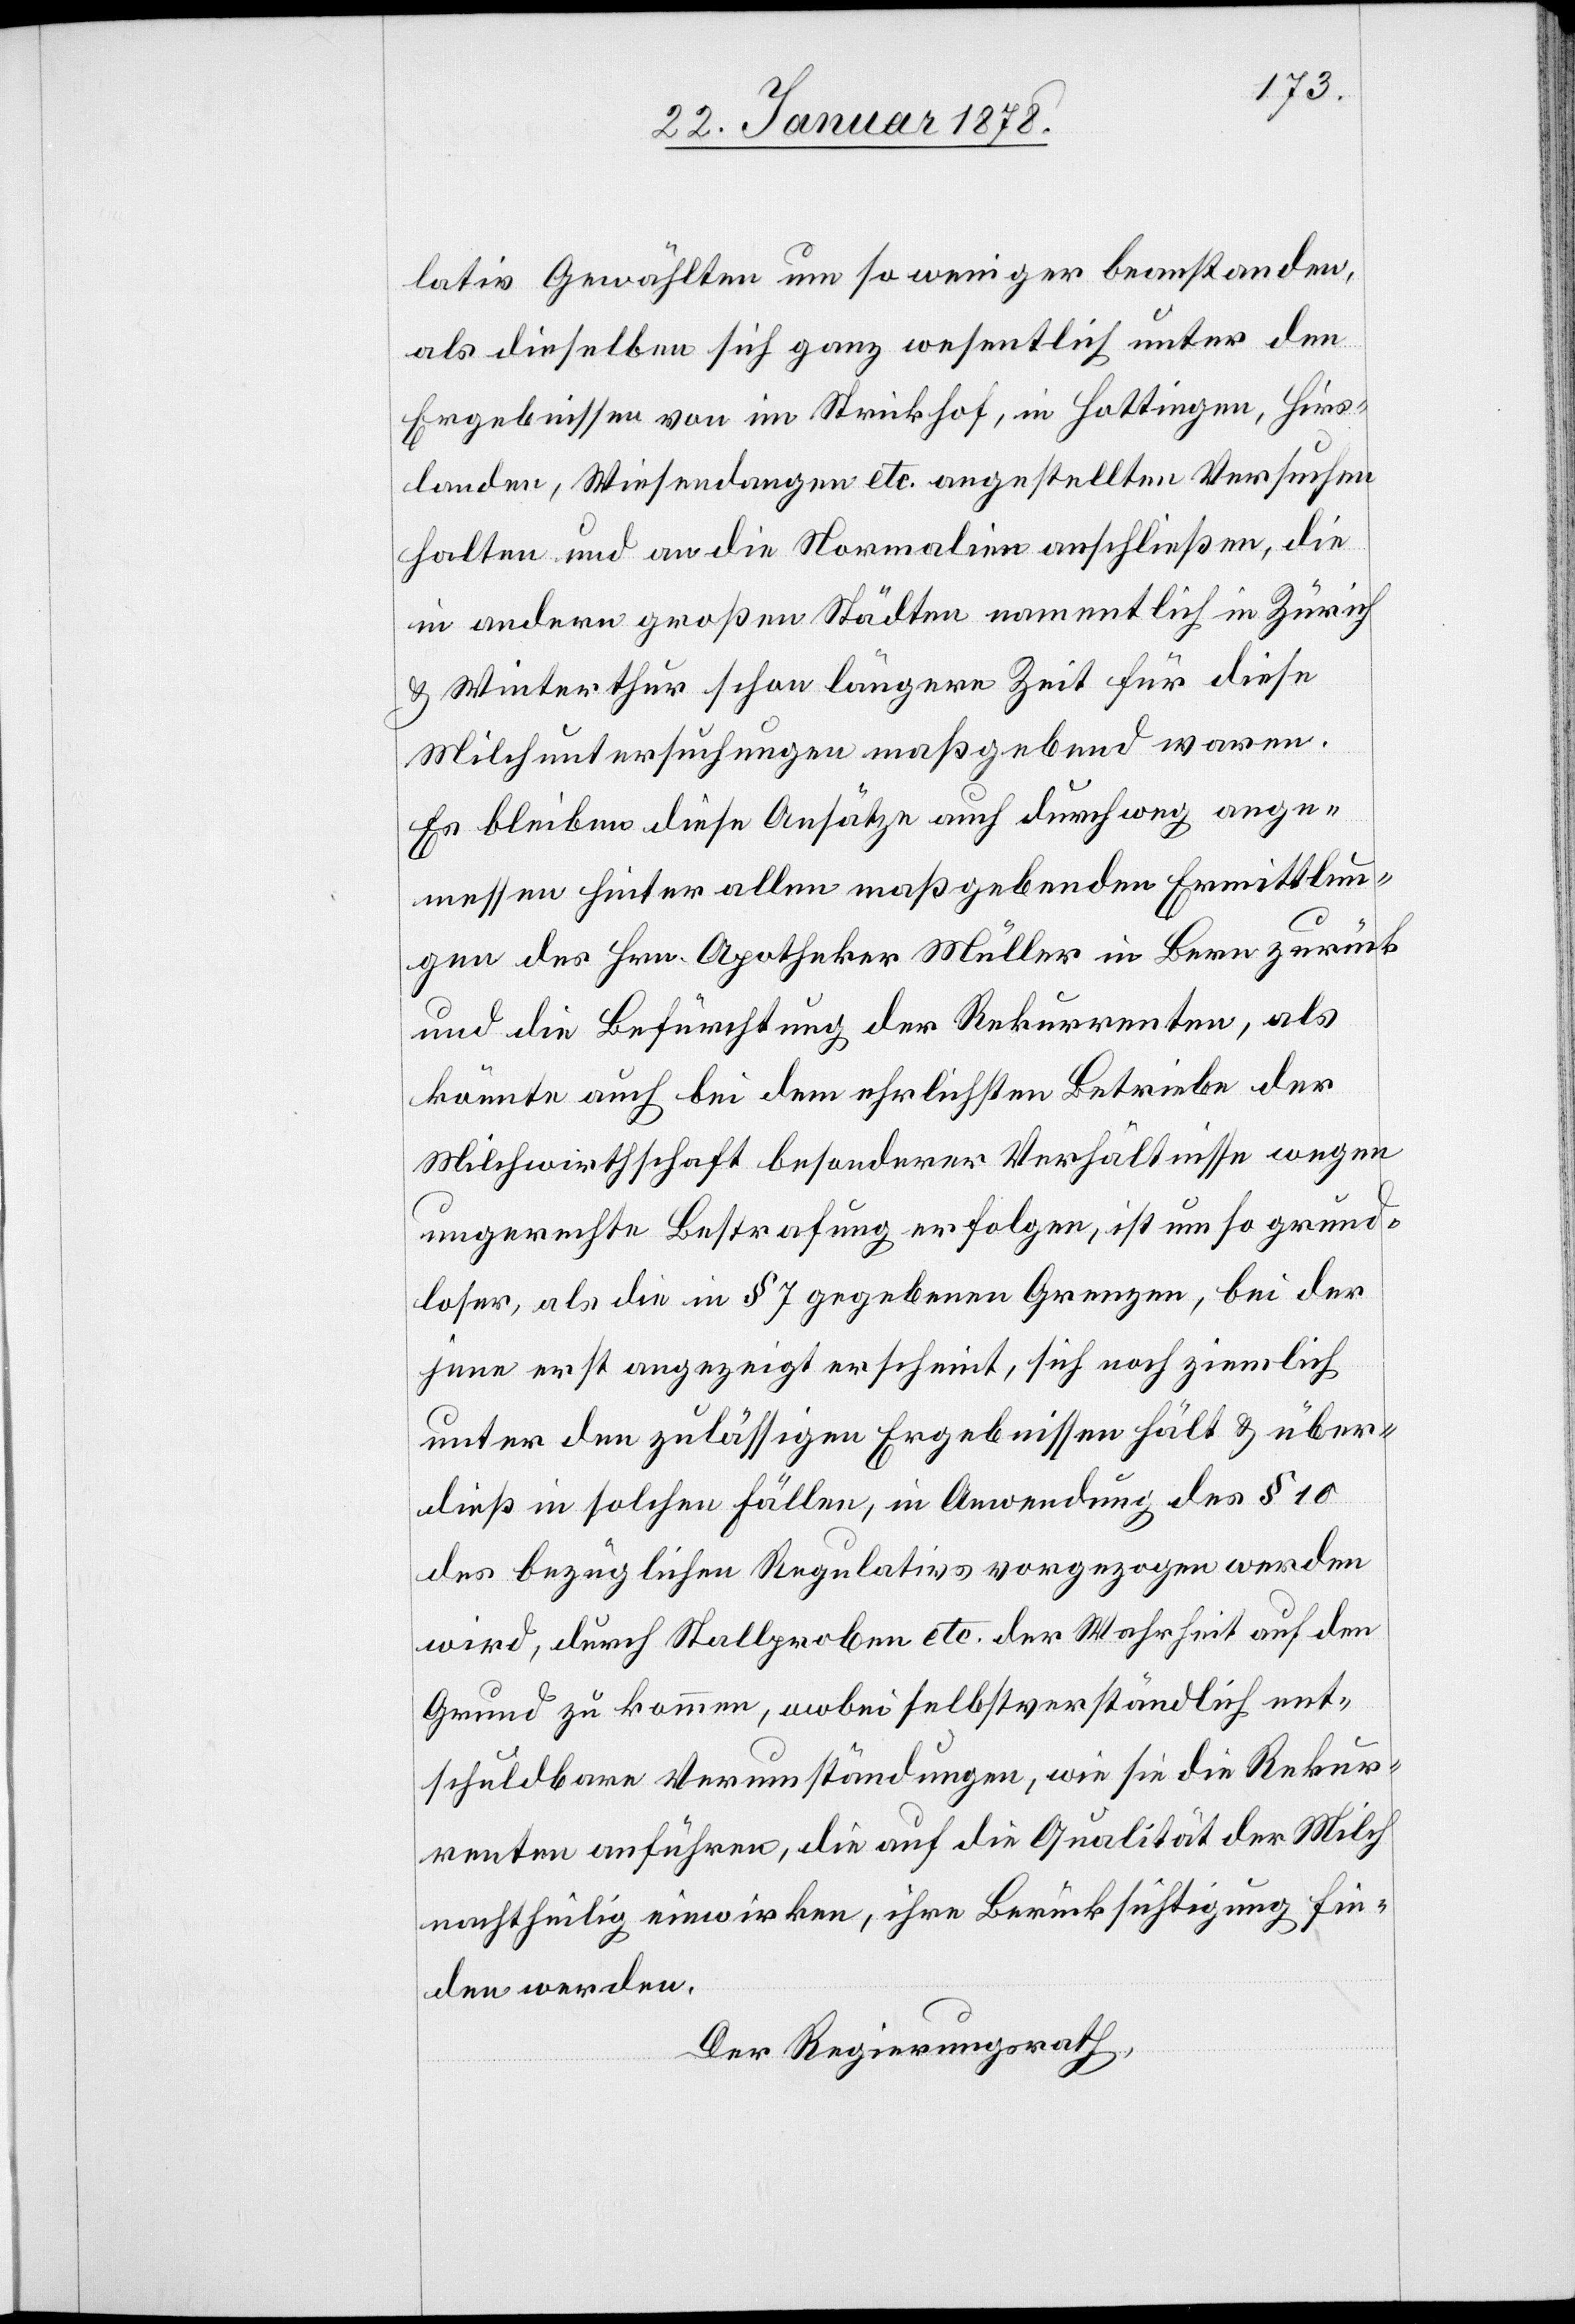
lativ Gewählten um so weniger beanstanden,
als dieselben sich ganz wesentlich unter den
Ergebnissen von im Strickhof, in Hottingen, Hirs¬
landen, Wiesendangen etc. angestellten Versuchen
halten und an die Normalien anschließen, die
in andern großen Städten namentlich in Zürich
& Winterthur schon längere Zeit für diese
Milchuntersuchungen maßgebend waren.
Es bleiben diese Ansätze auch durchweg ange¬
messen hinter allen maßgebenden Ermittlun¬
gen des Hrn. Aporheker Müller in Bern zurück
und die Befürchtung der Rekurrenten, als
könnte auch bei dem ehrlichsten Betriebe der
Milchwirthschaft besonderer Verhältnisse wegen
ungerechte Bestrafung erfolgen, ist um so grund¬
loser, als die in § 7 gegebenen Grenzen, bei der
jene erst angezeigt erscheint, sich noch ziemlich
unter den zulässigen Ergebnissen hält & über¬
dieß in solchen Fällen, in Anwendung des § 10
des bezüglichen Regulativs vorgezogen werden
wird, durch Stallproben etc. der Wahrheit auf den
Grund zu kommen, wobei selbstverständlich ent¬
schuldbare Verumständungen, wie sie die Rekur¬
renten anführen, die auf die Qualität der Milch
nachtheilig einwirken, ihre Berücksichtigung fin¬
den werden.
Der Regierungsrath,